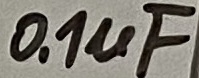
Text: 0.1µF